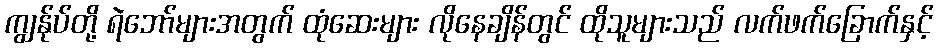
ကျွန်ုပ်တို့ ရဲဘော်များအတွက် ထုံဆေးများ လိုနေချိန်တွင် ထိုသူများသည် လက်ဖက်ခြောက်နှင့်